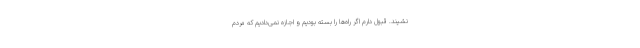
‌نشیند. قبول دارم اگر راه‌ها را بسته بودیم و اجازه نمی‌دادیم که مردم